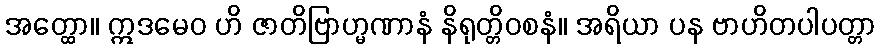
အတ္ထော။ ဣဒမေဝ ဟိ ဇာတိဗြာဟ္မဏာနံ နိရုတ္တိဝစနံ။ အရိယာ ပန ဗာဟိတပါပတ္တာ